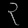
Digit: ၃